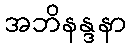
အဘိနန္ဒနာ